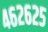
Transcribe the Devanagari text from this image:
४६२६२५